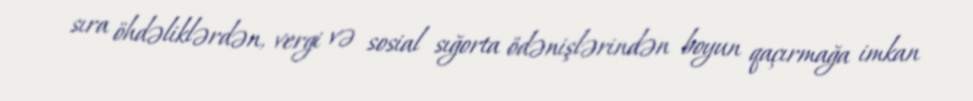
sıra öhdəliklərdən, vergi və sosial sığorta ödənişlərindən boyun qaçırmağa imkan